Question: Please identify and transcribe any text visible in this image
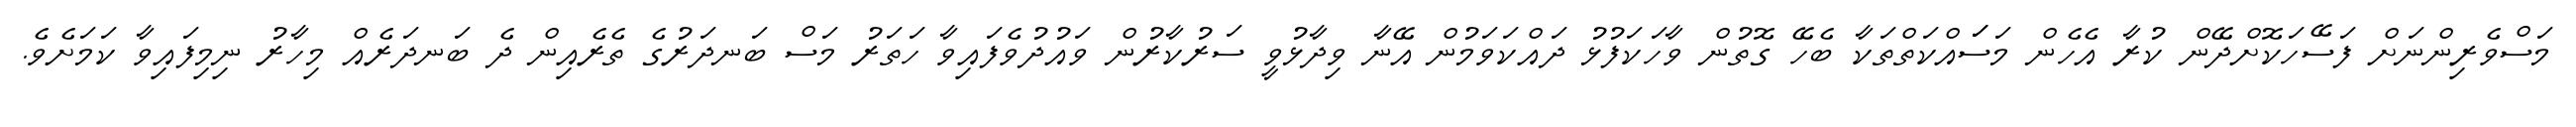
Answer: މަސްވެރިންނަށް ފަސޭހަކޮށްދޭން ކުރާ އެހެން މަސަައްކަތްތަކާ ބެހޭ ގޮތުން ވާހަކަފުޅު ދައްކަވަމުން އޭނާ ވިދާޅުވީ ސަރުކާރުން ވައުދުވެފައިވާ ހަތަރު މަސް ބަނދަރުގެ ތެރެއިން ދެ ބަނދަރެއް މިހާރު ނިމިފައިވާ ކަމަށެވެ.